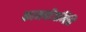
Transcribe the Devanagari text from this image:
कामबीजमिति